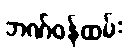
ဘဏ်ဝန်ထမ်း